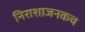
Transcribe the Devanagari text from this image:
निराशाजनकच